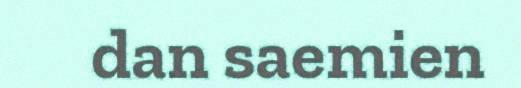
dan saemien